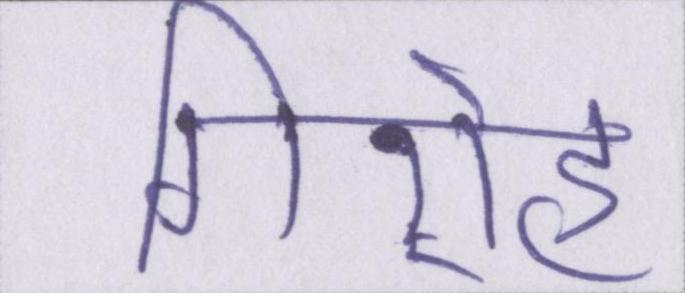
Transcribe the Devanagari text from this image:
गिरोह